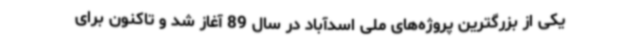
یکی از بزرگترین پروژه‌های ملی اسدآباد در سال 89 آغاز شد و تاکنون برای